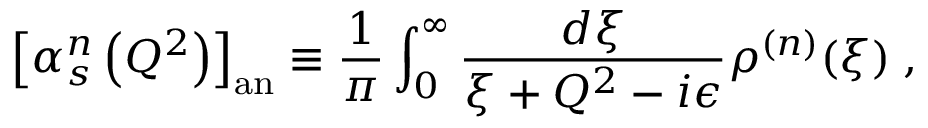
{ \left[ \alpha _ { s } ^ { n } \left( Q ^ { 2 } \right) \right] } _ { \mathrm { a n } } \equiv \frac { 1 } { \pi } \int _ { 0 } ^ { \infty } \frac { d \xi } { \xi + Q ^ { 2 } - i \epsilon } \rho ^ { ( n ) } ( \xi ) \; ,